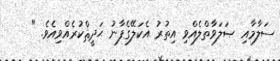
ސަލާމާއި ޞަލަވާތްލެއްވި އިތުރު އެކަލޭގެފާނު ޙަދީޘްކުރެއްވިއެވެ. "